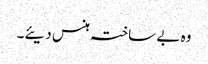
وہ بے ساختہ ہنس دیئے۔